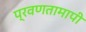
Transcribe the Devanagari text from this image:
प्रवणतामापी